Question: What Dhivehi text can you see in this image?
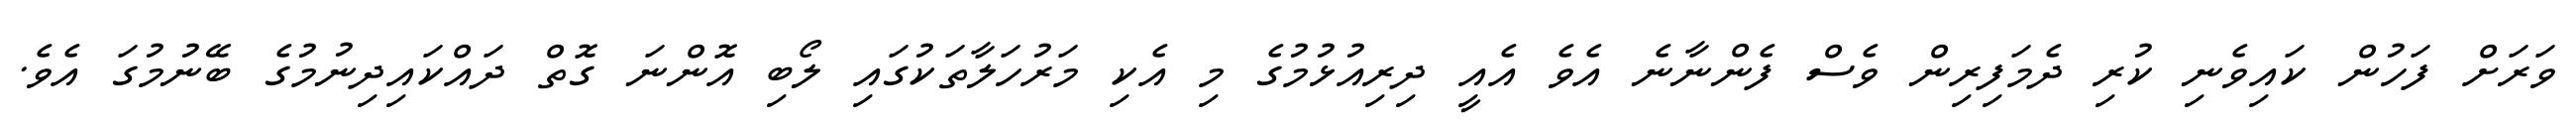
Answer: ވަރަށް ފަހުން ކައިވެނި ކުރި ދެމަފިރިން ވެސް ފެންނާނެ އެވެ އެއީ ދިރިއުޅުމުގެ މި އެކި މަރުހަލާތަކުގައި ލޯބި އޮންނަ ގޮތް ދައްކައިދިނުމުގެ ބޭނުމުގަ އެވެ.